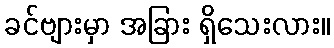
ခင်ဗျားမှာ အခြား ရှိသေးလား။